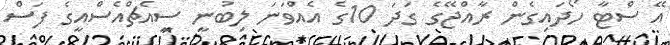
އޭ ސްޓާ ހޯދައިގެން ރާއްޖޭގެ ގަދަ 10ގެ އެއްވަނަ ލިބުނީ ސީއެޗްއެސްއީގެ ފަސް